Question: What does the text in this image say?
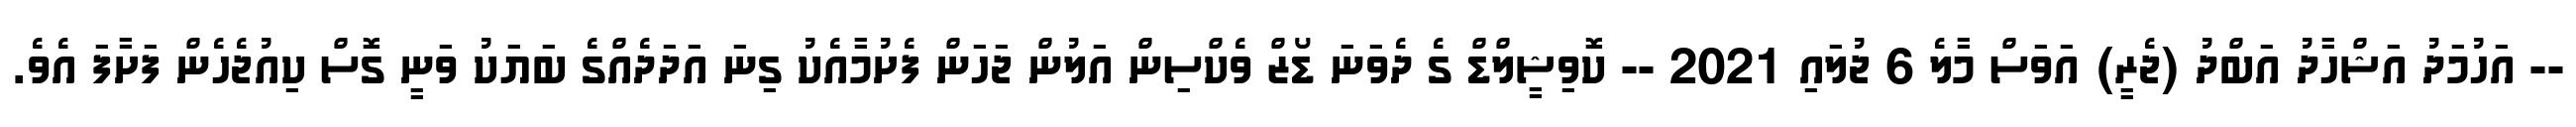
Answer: -- އަހުމަދު އަޝްހާދު އަބްދު (ޖެރީ) އަވަސް މާލެ 6 ޖުލައި 2021 -- ކޮވިޝީލްޑް ގެ ދެވަނަ ޑޯޒް ވެކްސިން އަލުން ޖަހަން ފެށުމާއެކު ގިނަ އަދަދެއްގެ ބަޔަކު ވަނީ ގޮސް ކިއުޖެހެން ފަށާފަ އެވެ.